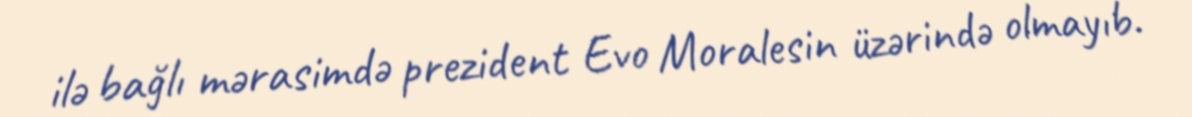
ilə bağlı mərasimdə prezident Evo Moralesin üzərində olmayıb.